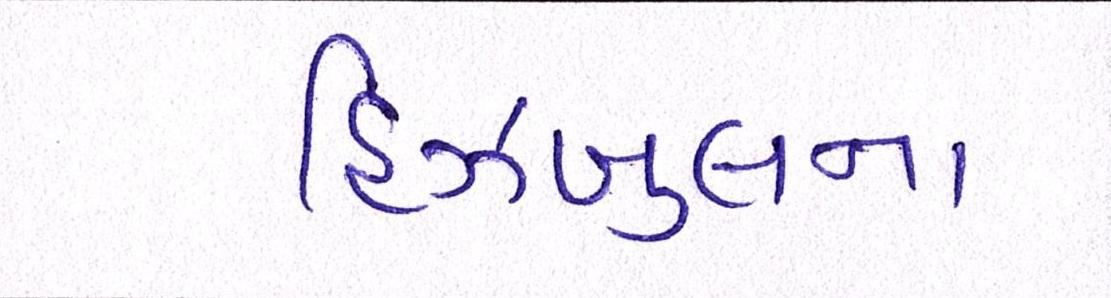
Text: હિઝબુલના